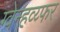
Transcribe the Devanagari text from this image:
ग्वेन्हव्य्फर